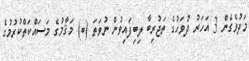
މަދުވެގެން 3 އަހަރު ދުވަހުގެ ތަޖުރިބާ ލިބިފައިވުން ނުވަތަ (ބ) މަޤާމުގެ މަސައްކަތްކުރުމުގެ